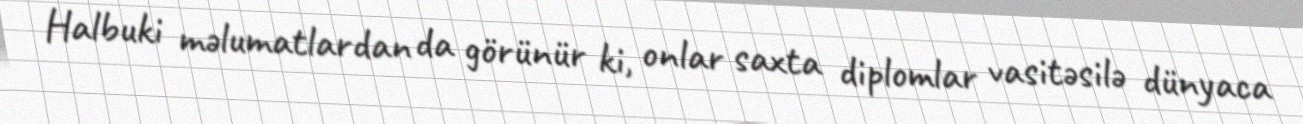
Halbuki məlumatlardan da görünür ki, onlar saxta diplomlar vasitəsilə dünyaca